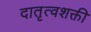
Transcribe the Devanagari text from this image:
दातृत्वशक्ती